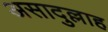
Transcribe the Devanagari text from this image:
असादुल्लाह